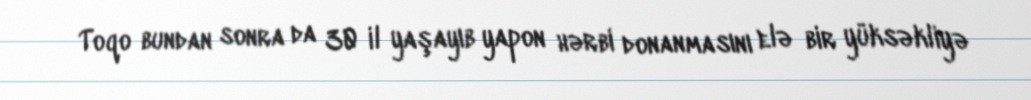
Toqo bundan sonra da 30 il yaşayıb yapon hərbi donanmasını elə bir yüksəkliyə